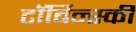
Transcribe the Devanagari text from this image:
टॉर्बिन्स्की